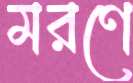
মরণে